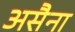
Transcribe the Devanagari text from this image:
असैना